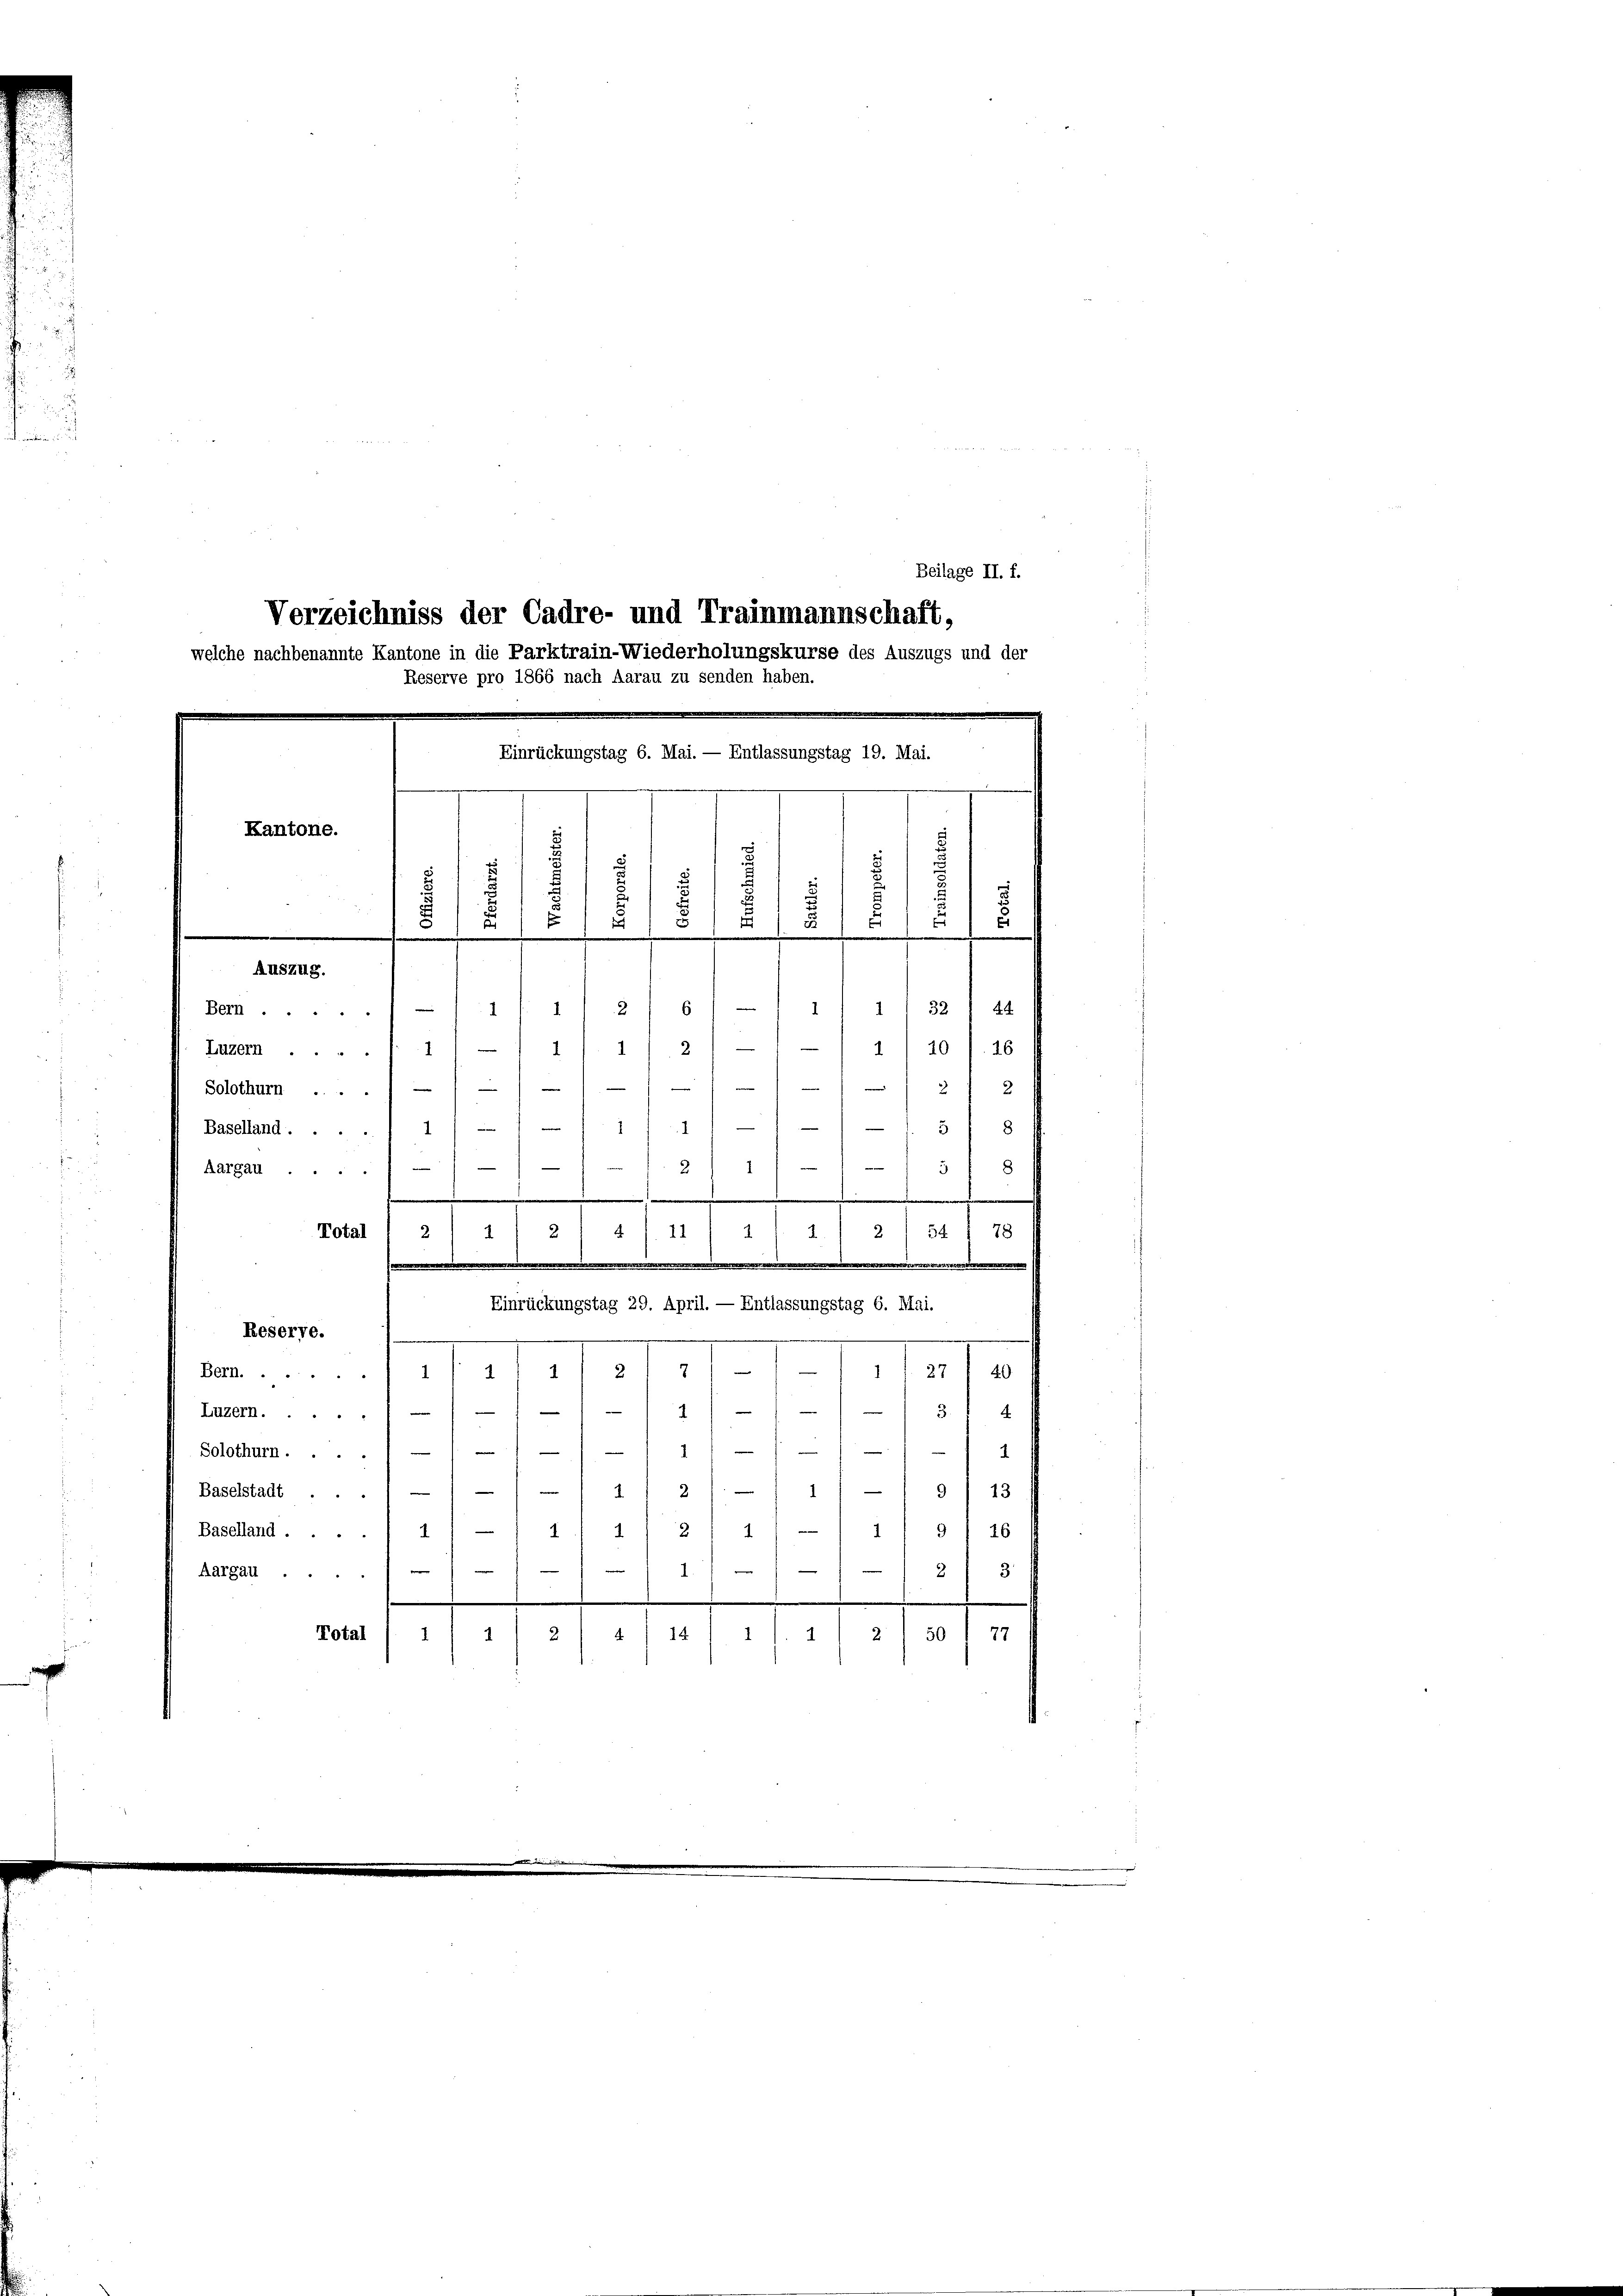
Einrückungstag 6. Mai. — Entlassungstag 19. Mai.

Beilage II. f.
Verzeichniss der Cadre- und Trainmannschaft,
welche nachbenannte Kantone in die Parktrain-Wiederholungskurse des Auszugs und der
Reserve pro 1866 nach Aarau zu senden haben.

Kantone.
.
u

Bern.
Luzern..... 1
Solothurn ....
Baselland.....
11. 211 – 13 t 9
Aargau.
.
.
54
Total
22/2 12 f. 21
4 f 22
78
Einrückungstag 29. April. — Entlassungstag 6. Mai.
Reserve.
21/3 11 f. 111318
Bern.....
1
—
2
e
Luzern.
2
111
Solothurn.
212 - 11/9/ 18
Baselstadt
Baselland ...
4) — 11 1/2 1 1/ -/ 1/9 / 26
4
23
Aargau.
73/7
14/11
Total / 1/ 1
2.

.
.
.

d
i
.
.
Auszug.
2/8 1–1 1/2 322
d

1/20 f. 26
2
1
n

2 f 2
a
1-58

1